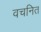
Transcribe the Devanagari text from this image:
वचनित